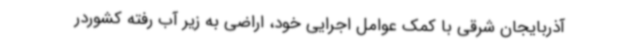
آذربایجان شرقی با کمک عوامل اجرایی خود، اراضی به زیر آب رفته کشوردر